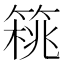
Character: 𥰜